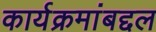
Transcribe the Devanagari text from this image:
कार्यक्रमांबद्दल